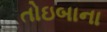
તોઇબાના